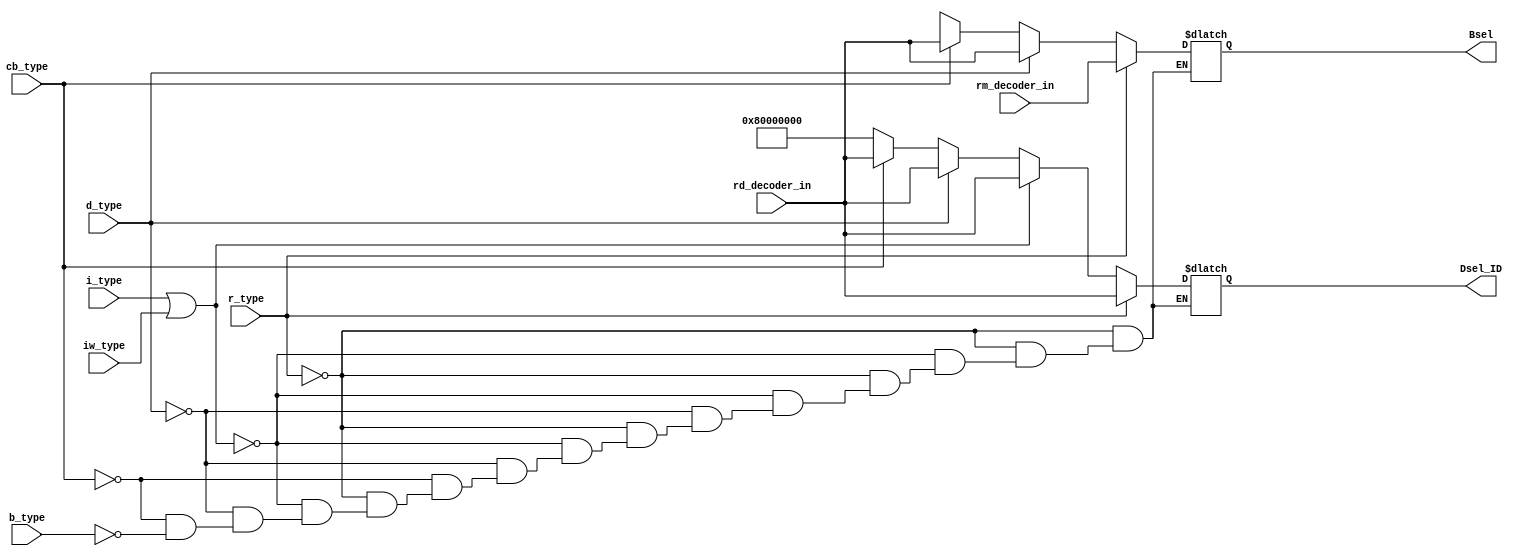
`timescale 1ns / 1ps
//////////////////////////////////////////////////////////////////////////////////
// Aryan Mehrotra
// 
// Module Name: Bsel_control
// Description: Module to control Bselect input from decoders
// Project Name: Final Project
//////////////////////////////////////////////////////////////////////////////////


module Bsel_control(rd_decoder_in, rm_decoder_in, r_type, i_type, d_type, b_type, cb_type, iw_type, Bsel, Dsel_ID);
    input[31:0] rd_decoder_in, rm_decoder_in;
    input r_type, i_type, d_type, b_type, cb_type, iw_type;
    output reg[31:0] Bsel, Dsel_ID;
    
    always@(rd_decoder_in, rm_decoder_in, r_type, i_type, d_type, b_type, cb_type, iw_type) begin
        if(r_type) begin 
            Bsel = rm_decoder_in;
            Dsel_ID = rd_decoder_in;
        end
        else if(i_type || iw_type) begin
             Bsel = 32'hzzzzzzzz;
             Dsel_ID = rd_decoder_in;
        end
        else if(d_type) begin
            Bsel = rd_decoder_in;
            Dsel_ID = rd_decoder_in;
        end
        else if(cb_type) begin
             Bsel = rd_decoder_in;
             Dsel_ID = rd_decoder_in;
        end
        else if(b_type) begin
             Bsel = 32'hzzzzzzzz;
             Dsel_ID = 32'h80000000;
        end
    end
endmodule